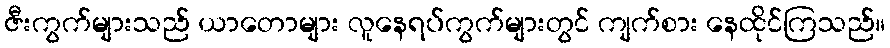
ဇီးကွက်များသည် ယာတောများ လူနေရပ်ကွက်များတွင် ကျက်စား နေထိုင်ကြသည်။